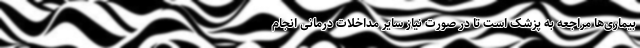
بیماری‌ها مراجعه به پزشک است تا در صورت نیاز سایر مداخلات درمانی انجام